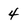
Character: 4